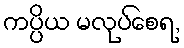
ကပ္ပိယ မလုပ်စေရ,